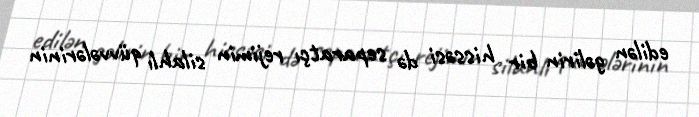
edilən gəlirin bir hissəsi də separatçı rejimin silahlı qüvvələrinin